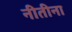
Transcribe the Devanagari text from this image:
नीतीना